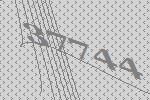
37744